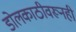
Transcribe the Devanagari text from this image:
डोलकाठीवरूनही